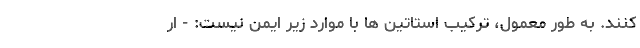
کنند. به طور معمول، ترکیب استاتین ها با موارد زیر ایمن نیست: - ار